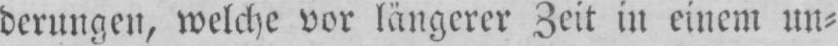
derungen, welche vor längerer Zeit in einem un⸗